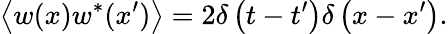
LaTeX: \left\langle w(x)w^{*}(x^{\prime})\right\rangle=2\delta\left(t-t^{\prime}\right)\delta\left(x-x^{\prime}\right).